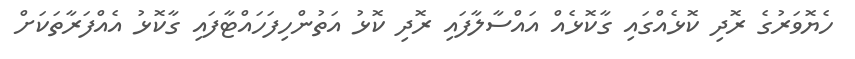
ހެޔޮވަރުގެ ރޮދި ކޮޅެއްގައި ގާކޮޅެއް އައްސާލާފައި ރޮދި ކޮޅު އަތުންހިފަހައްޓާފައި ގާކޮޅު އެއްފަރާތަކަށް